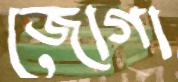
জোগা